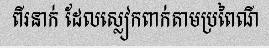
ពីរនាក់ ដែលស្លៀកពាក់តាមប្រពៃណី